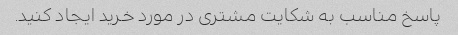
پاسخ مناسب به شکایت مشتری در مورد خرید ایجاد کنید.